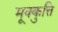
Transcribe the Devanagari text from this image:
मूक्कुत्ति